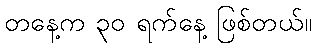
တနေ့က ၃၀ ရက်နေ့ ဖြစ်တယ်။